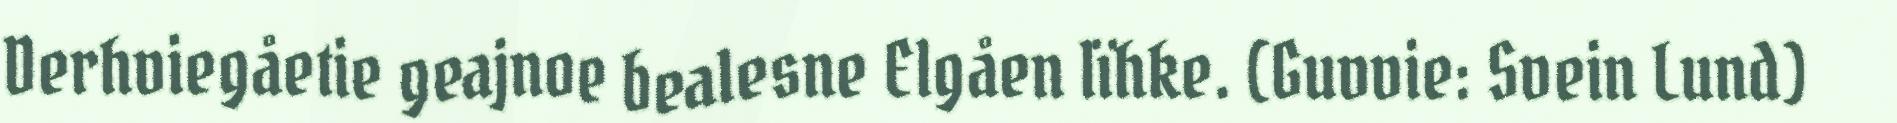
Derhviegåetie geajnoe bealesne Elgåen lïhke. (Guvvie: Svein Lund)